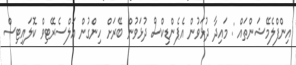
އިންފްލެމޭޝަންތައް : މައިދާ ދުޅަވުން އެޕެންޑިކްސް ދުޅަވުން ބޭރަށް ހިންގުން އަލްސެރޭޓިވް ކޮލައިޓިސް